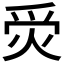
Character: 𤈚